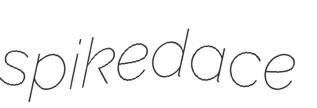
spikedace